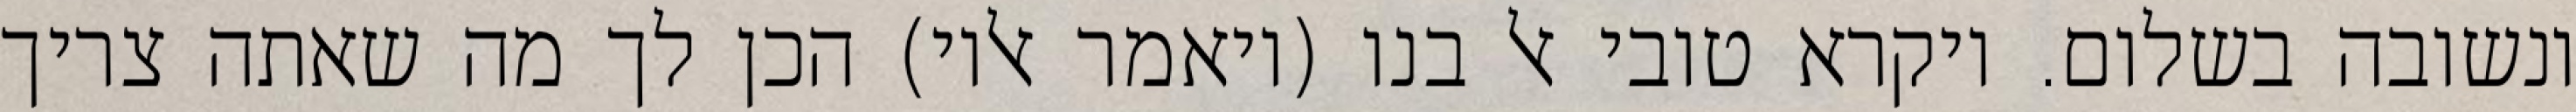
ונשובה בשלום. ויקרא טובי אל בנו (ויאמר אליו) הכן לך מה שאתה צריך